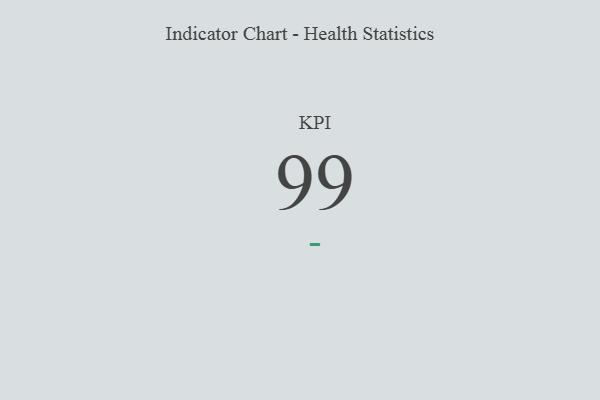
{"axis": {"x": "KPI", "y": "Value"}, "legend": [""], "data": [{"x": "KPI", "y": 99, "type": ""}]}